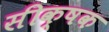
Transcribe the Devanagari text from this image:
सीक्षक